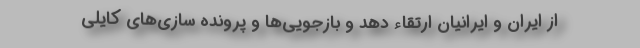
از ایران و ایرانیان ارتقاء دهد و بازجویی‌ها و پرونده سازی‌های کایلی